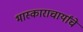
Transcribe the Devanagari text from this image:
भास्काराचार्यांचे